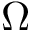
\Omega